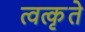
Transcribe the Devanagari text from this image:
त्वत्कृते